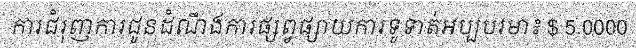
ការជំរុញការជូនដំណឹងការផ្សព្វផ្សាយការទូទាត់អប្បបរមា៖ $ 5.0000